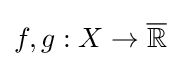
f,g:X\to {\overline {\mathbb {R} }}